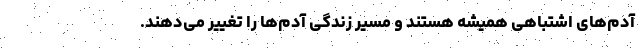
آدم‌های اشتباهی همیشه هستند و مسیر زندگی آدم‌ها را تغییر می‌دهند.